Indian journal of veterinary science and animal husbandry - Volume 13,
Year: 1943
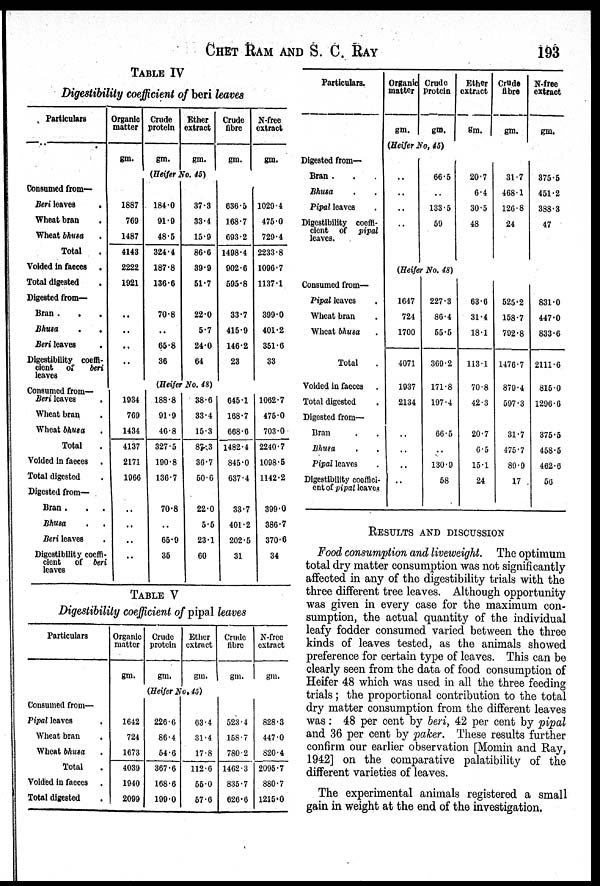
CHET RAM AND S. C. RAY 193
TABLE IV
Digestibility coefficient of beri leaves
Particulars
Consumed from—
Beri leaves
.
Wheat bran .
Wheat bhusa .
Total .
Voided in faeces
.
Total digested .
Digested from—
Bran .
.
.
Bhusa
.
.
Beri leaves .
Digestibility coeffi-
cient
of
beri
leaves
Consumed from—
Beri leaves
.
Wheat bran .
Wheat bhusa .
Total .
Voided in faeces .
Total digested .
Digested from—
Bran . . .
Bhusa . .
Beri leaves .
Digestibility coeffi-
cient
of beri
leaves
Organic
matter
gm.
1887
769
1487
4143
2222
1921
..
..
..
..
1934
769
1434
4137
2171
1966
..
..
..
..
Crude
protein
gm.
Ether
extract
gm.
(Heifer No. 45)
184.0
91.9
48.5
324.4
187.8
136.6
70.8
..
65.8
36
37.3
33.4
15.9
86.6
39.9
51.7
22.0
5.7
24.0
64
(Heifer No. 48)
188.8
91.9
46.8
327.5
190.8
136.7
70.8
..
65.9
35
38.6
33.4
15.3
87.3
36.7
50.6
22.0
5.5
23.1
60
Crude
fibre
gm.
636.5
168.7
693.2
1498.4
902.6
595.8
33.7
415.9
146.2
23
645.1
168.7
668.6
1482.4
845.0
637.4
33.7
401.2
202.5
31
N-free
extract
gm.
1029.4
475.0
729.4
2233.8
1096.7
1137.1
399.0
401.2
351.6
33
1062.7
475.0
703.0
2240.7
1098.5
1142.2
399.0
386.7
370.6
34
TABLE V
Digestibility coefficient of pipal leaves
Particulars
Consumed from—
Pipal leaves .
Wheat bran .
Wheat bhusa .
Total .
Voided in faeces .
Total digested .
Organic
matter
gm.
1642
724
1673
4039
1940
2099
Crude
protein
gm.
Ether
extract
gm.
(Heifer No. 45)
226.6
86.4
54.6
367.6
168.6
199.0
63.4
31.4
17.8
112.6
55.0
57.6
Crude
fibre
gm.
523.4
158.7
780.2
1462.3
835.7
626.6
N-free
extract
gm.
828.3
447.0
820.4
2095.7
880.7
1215.0
Particulars.
Digested from—
Bran . . .
Bhusa . .
Pipal leaves .
Digestibility coeffi-
cient of
pipal
leaves.
Consumed from—
Pipal leaves .
Wheat bran .
Wheat bhusa .
Total .
Voided in faeces .
Total digested .
Digested from—
Bran . .
Bhusa . .
Pipal leaves .
Digestibility coeffici-
ent of pipal leaves
Organic
matter
gm.
Crude
Protein
gm.
(Heifer No. 45)
..
..
..
..
66.5
..
133.5
59
(Heifer No. 48)
1647
724
1700
4071
1937
2134
..
..
..
..
227.3
86.4
55.5
369.2
171.8
197.4
66.5
..
130.9
58
Ether
extract
gm.
20.7
6.4
30.5
48
63.6
31.4
18.1
113.1
70.8
42.3
20.7
6.5
15.1
24
Crude
fibre
gm.
31.7
468.1
126.8
24
525.2
158.7
792.8
1476.7
879.4
597.3
31.7
475.7
89.9
17
N-free
extract
gm.
375.5
451.2
388.3
47
831.0
447.0
833.6
2111.6
815.0
1296.6
375.5
458.5
462.6
56
RESULTS AND DISCUSSION
Food consumption and liveweight. The optimum
total dry matter consumption was not significantly
affected in any of the digestibility trials with the
three different tree leaves. Although opportunity
was given in every case for the maximum con-
sumption, the actual quantity of the individual
leafy fodder consumed varied between the three
kinds of leaves tested, as the animals showed
preference for certain type of leaves. This can be
clearly seen from the data of food consumption of
Heifer 48 which was used in all the three feeding
trials; the proportional contribution to the total
dry matter consumption from the different leaves
was: 48 per cent by beri, 42 per cent by pipal
and 36 per cent by paker. These results further
confirm our earlier observation [Momin and Ray,
1942] on the comparative palatibility of the
different varieties of leaves.
The experimental animals registered a small
gain in weight at the end of the investigation.